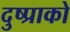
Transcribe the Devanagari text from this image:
दुष्प्राको